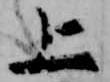
上